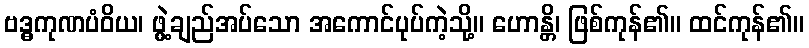
ဗဒ္ဓကုဏပံဝိယ၊ ဖွဲ့ချည်အပ်သော အကောင်ပုပ်ကဲ့သို့။ ဟောန္တိ၊ ဖြစ်ကုန်၏။ ထင်ကုန်၏။